Bulletin of the Pasteur Institute of Southern India, Coonoor - No. 1.
Year: 1908
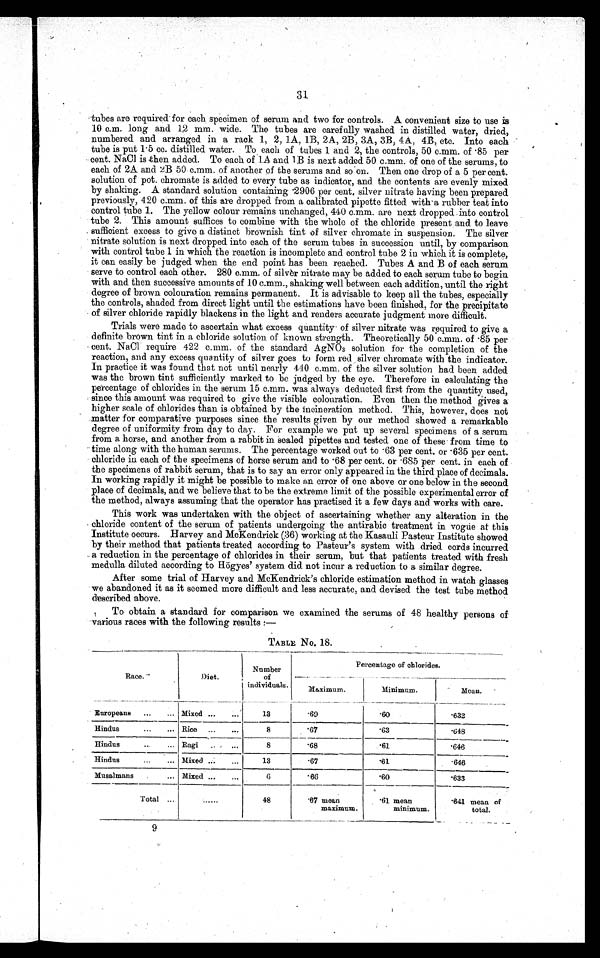
31
tubes are required-for each specimen of serum and two for controls, A convenient size to use is
10 c.m. long and 12 mm. wide. The tubds are carefully washed in distilled water, dried,
numbered and arranged in a rack 1, 2, 1A, 1B, 2A, 2B, 3A, 3B, 4A, 413, etc. Into each
tube is put 1·5 cc. distilled water. To each of tubes 1 and 2, the controls, 50 c.mm. of ·85 per
cent. NaCI is .then added. To each of LA and 1B is next added 50 c.mm. of one of the serums, to
each of 2A and 2B 50 mum, of another of the serums and so on. Then one drop of a 5 per cent.
solution of pot. chromate is added to every tube as indicator, and. the contents are evenly mixed
by shaking. A standard solution containing ·2906 per cent. silver nitrate having been prepared
previously, 420 c.mm, of this are dropped from a calibrated pipette fitted with a rubber teat into
control tube 1. The yellow colour remains unchanged, 440 c.mm. are next dropped . into control
tube 2. This amount suffices to combine with the whole of the chloride present and to leave
. sufficient excess to give a distinct brownish tint of silver chromate in suspension, The silver
nitrate solution is next dropped into each of the serum tubes in succession until, by comparison
with control tube 1 in which the reaction is incomplete and control tube 2 in which it is complete,
it can easily be judged when the end point has been reached. Tubes A and B of each serum
serve to control each other. 280 c.mm, of silver nitrate may be added to each serum tube to begin
with and then successive amounts of 10 c.mm., shaking well between each addition, until the right
degree of brown colouration remains permanent. It is advisable to keep all the tubes, especially
the controls, shaded from direct light until the estimations have been finished, for the precipitate
of silver chloride rapidly blackens in the light and renders accurate judgment more difficult.
Trials were made to ascertain what excess quantity of silver nitrate was required to give a
definite brown tint in a chloride solution of known strength. Theoretically 50 c.mm. of ·85 per
cent. NaCl require 422 c.mm. of the standard AgNO3 solution for the completion of the
reaction, and any excess quantity of silver goes to form red silver chromate with the indicator.
In practice it was found that not until nearly 440 c.mm, of the silver solution had been added
was the brown tint sufficiently marked to be judged by the eye. Therefore in calculating the
percentage of chlorides in the serum 15 c.mm was always d e d u c t e d f i r s t f r o m t h e q u a n t i t y u s e d ,
since this amount was required to give the visible colouration. Even then the method gives a
higher scale of chlorides than is obtained by the incineration method. This, however, does not
matter for comparative purposes since the results given by our method showed a remarkable
degree of uniformity from day to day. For example we put up several specimens of a serum
from a horse, and another from a rabbit in 'sealed pipettes and tested one of these from time to
time along with the human serums. The percentage worked out to ·63 per cent. or ·635 per cent.
chloride in each of the specimens of horse serum and to ·68 per cent. or ·685 per cent. in each of
the specimens of rabbit serum, that is to say an error only appeared in the third place of decimals.
In working rapidly it might be possible to make an error of one above or one below in the second
place of decimals, and we believe that to be the extreme limit of the possible experimental error of
the method, always assuming that the operator has practised it a few days and works with care.
This work was undertaken with the object of ascertaining whether any alteration in the
chloride content of the serum of patients undergoing the antirabic treatment in vogue at this
Institute occurs. Harvey and McKendrick (36) working at the Kasauli Pasteur Institute showed
by their method that patients treated according to Pasteur's system with dried, cords incurred
a reduction in the percentage of chlorides in their serum, but that patients treated with fresh
medulla diluted according to Hogyes' system did not incur a reduction to a similar degree.
After some trial of Harvey and McKendrick's chloride estimation method in watch glasses
we abandoned it as it seemed more difficult and less accurate, and devised the test tube method
described above,
To obtain a standard for comparison we examined the serums of 48 healthy persons of
various races with the following results:—
TABLE NO 18.
Race.
Diet.
Number
of
individuals,
Percentage of chlorides.
Maximum.
Minimum.
Mean.
Europeans ...
... Mixed ...
,,.
13
· 6 9
· 6 0
· 6 3 2
Hindus
...
... Rice ...
...
8
· 6 7
· 6 3
· 648
Hindus
,..
... Ragi
...
8
· 6 8
· 6 1
· 6 4 6
Hindus
...
... Mixed ..,
...
13
· 6 7
· 6 1
· 6 1 6
Musalmans .
... Mixed ...
...
6
· 6 6
· 6 0
· 6 3 3
Total ...
48
· 6 7 m e a n
maximum.
· 6 1 m e a n
minimum.
· 641 mean of
total.
9